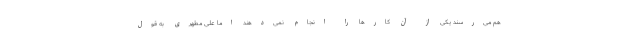
هم می‌رسند یکی از آن کارها را انجام نمی‌دهند اما علی مطهری به قول